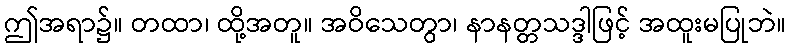
ဤအရာ၌။ တထာ၊ ထို့အတူ။ အဝိသေတွာ၊ နာနတ္တသဒ္ဒါဖြင့် အထူးမပြုဘဲ။